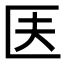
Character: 𠤱